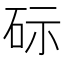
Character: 𮀔